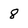
Character: 8